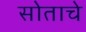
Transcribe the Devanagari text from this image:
सोताचे